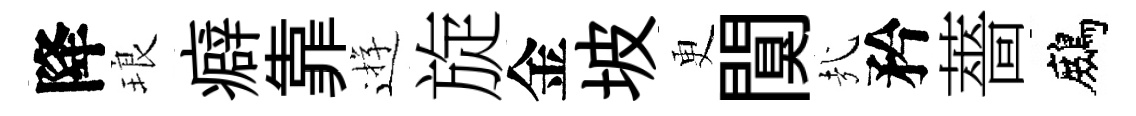
降琅癖靠逰旋金坡更闃㢤矜薔鷓